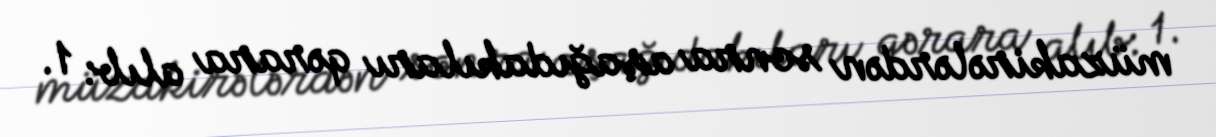
müzakirələrdən sonra aşağıdakıları qərara alıb: 1.